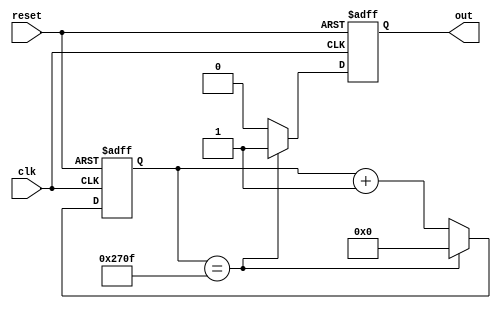
module Periodic_Timer(
    input wire clk,
    input wire reset,
    output reg out
);

parameter PERIOD = 10000; // Specify the time period in clock cycles
reg [31:0] counter;

always @(posedge clk or posedge reset) begin
    if (reset) begin
        counter <= 0;
        out <= 0;
    end else begin
        if (counter == PERIOD - 1) begin
            counter <= 0;
            out <= 1;
        end else begin
            counter <= counter + 1;
            out <= 0;
        end
    end
end

endmodule